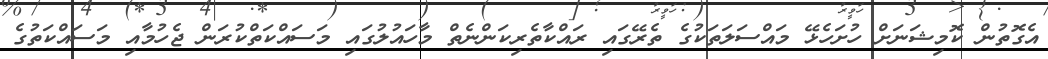
އެގޮތުން ކޮމިޝަނަށް ހުށަހެޅޭ މައްސަލަތަކުގެ ތެރޭގައި ރައްކާތެރިކަންނެތް މާހައުލުގައި މަސައްކަތްކުރަން ޖެހުމާއި މަސައްކަތުގެ